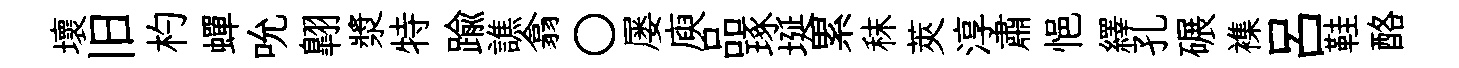
壞旧杓蟬吮翺漿特踰譙翕〇屡庾品琢埏累秣莢淳肅悒繹孔碾襍吕鞋酪